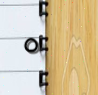
٥